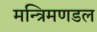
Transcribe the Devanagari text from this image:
मन्त्रिमणडल